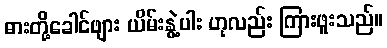
ဓားတို့ခေါင်ဖျား ယိမ်းနွဲ့ပါး ဟုလည်း ကြားဖူးသည်။